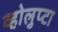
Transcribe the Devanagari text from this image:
व्होलुप्टा